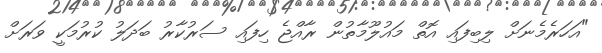
"އަހަރެމެނަށް ލިބިފައި އޮތް މައުލޫމާތުން ރާއްޖެ ހިފައި ސަރުކާރު ބަދަލު ކުރުމަކީ ވަރަށް